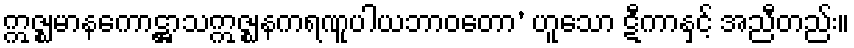
ဣဇ္ဈမာနကောဋ္ဌာသဣဇ္ဈနကရဏူပါယဘာဝတော’ ဟူသော ဋီကာနှင့် အညီတည်း။